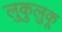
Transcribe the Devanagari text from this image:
लुकुलुकू